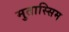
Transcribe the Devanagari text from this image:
मुतास्सिम